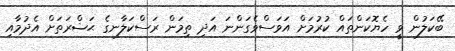
ބޭކަލުން ވީ ހެޔޮކަންތައް ކުރުމަށް އަވަސްވެގަންނަ އަދި ތިމަން ރަސްކަލާނގެ ޙަޟްރަތަށް އެދުމާއި